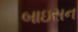
બાઇસન